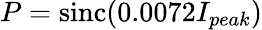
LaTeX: P=\mathrm{sinc}(0.0072I_{peak})